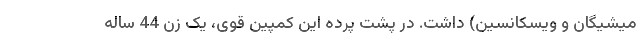
میشیگان و ویسکانسین) داشت. در پشت پرده این کمپین قوی، یک زن 44 ساله